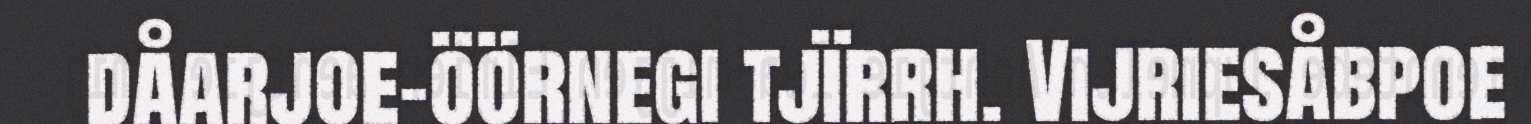
dåarjoe-öörnegi tjïrrh. Vijriesåbpoe